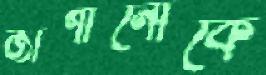
জার্গানোকে